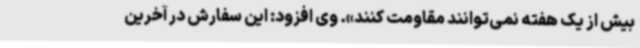
بیش از یک هفته نمی‌توانند مقاومت کنند». وی افزود: این سفارش در آخرین